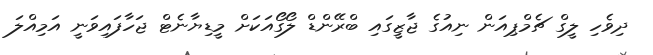
ދިވެހި ލީގް ޗެމްޕިއަން ނިއުގެ ޖާޒީގައި ބްރޭންޑް ލޯގޯއަކަށް މީޑިޔާނެޓް ޖަހާފައިވަނީ އަމިއްލަ